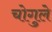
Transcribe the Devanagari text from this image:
चोगुले